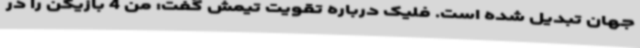
جهان تبدیل شده است. فلیک درباره تقویت تیمش گفت: من 4 بازیکن را در